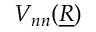
V _ { n n } ( \underline { { R } } )